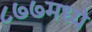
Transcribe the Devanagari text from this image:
८७७मध्ये